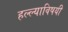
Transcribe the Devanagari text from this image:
हल्ल्याविषयी